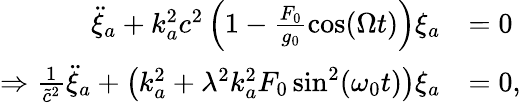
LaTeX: \begin{array}{rl}{\ddot{\xi}_{a}+k_{a}^{2}c^{2}\left(1-\frac{F_{0}}{g_{0}}\cos(\Omega t)\right)\xi_{a}}&{=0}\\ {\Rightarrow\frac{1}{\tilde{c}^{2}}\ddot{\xi}_{a}+\left(k_{a}^{2}+\lambda^{2}k_{a}^{2}F_{0}\sin^{2}(\omega_{0}t)\right)\xi_{a}}&{=0,}\end{array}